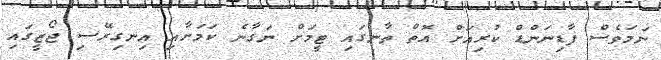
ނަމަވެސް ފާޑިނަންޑް ކުރިއަށް އޮތް ތާނގައި ޓީމަށް ނަގާނެ ކަމަށާއި އިނގިރޭސި ޖޯޒީގައި